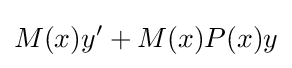
M(x)y'+M(x)P(x)y